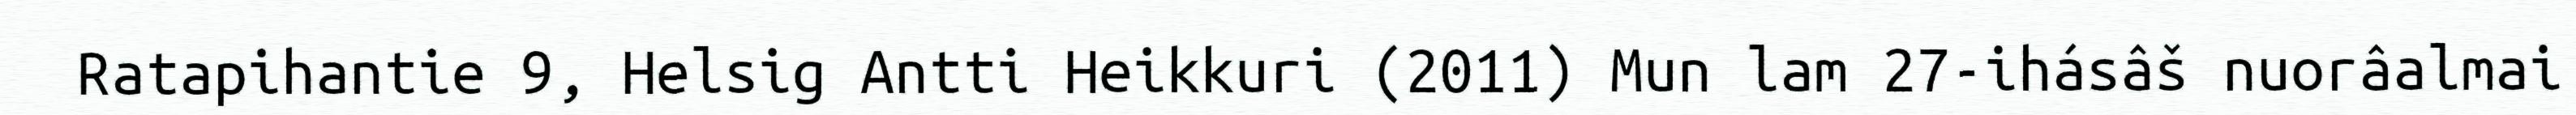
Ratapihantie 9, Helsig Antti Heikkuri (2011) Mun lam 27-ihásâš nuorâalmai